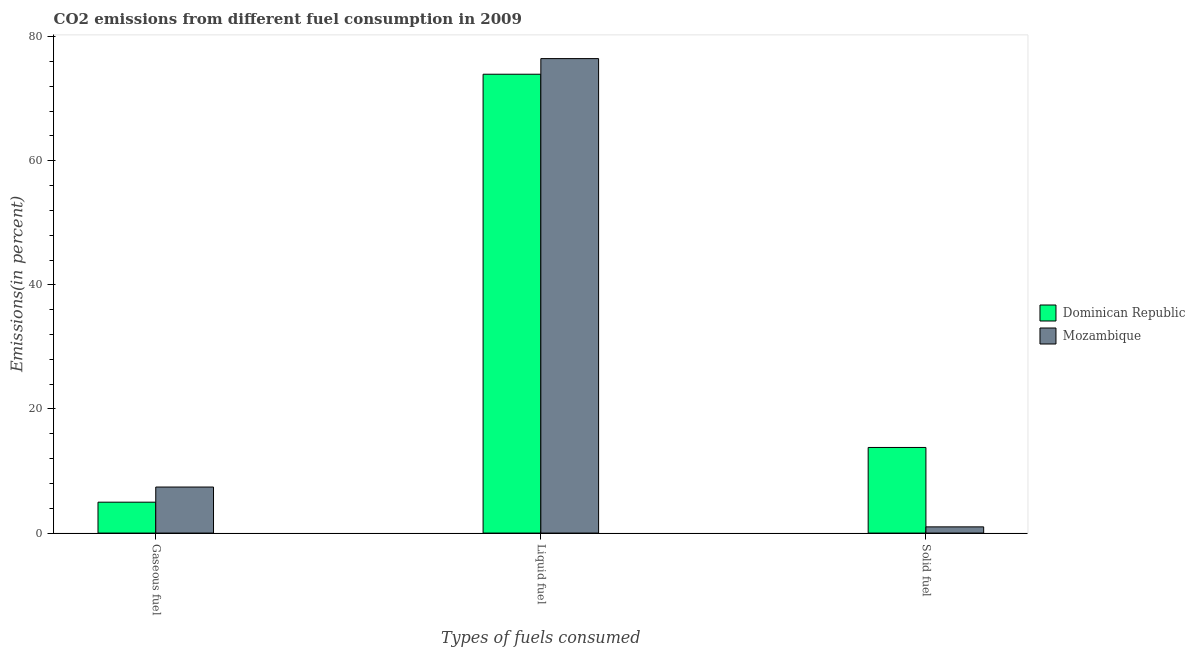
| Types of fuels consumed | Dominican Republic | Mozambique |
 | --- | --- | --- |
 | Gaseous fuel | 4.98 | 7.42 |
 | Liquid fuel | 73.9 | 76.5 |
 | Solid fuel | 13.8 | 0.999 |